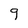
Character: 9